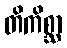
တိကိစ္ဆာ